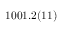
1 0 0 1 . 2 ( 1 1 )